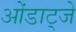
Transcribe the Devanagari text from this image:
ओंडाट्जे